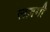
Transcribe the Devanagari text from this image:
लज़गी